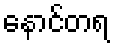
နောင်တရ